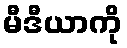
မီဒီယာကို